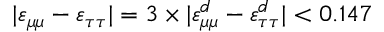
\vert \varepsilon _ { \mu \mu } - \varepsilon _ { \tau \tau } \vert = 3 \times \vert \varepsilon _ { \mu \mu } ^ { d } - \varepsilon _ { \tau \tau } ^ { d } \vert < 0 . 1 4 7